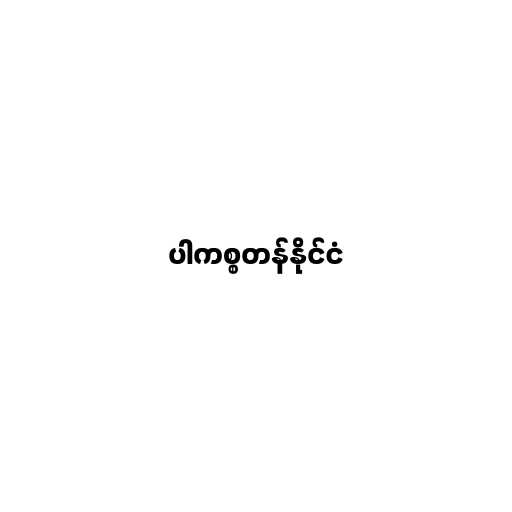
ပါကစ္စတန်နိုင်ငံ